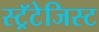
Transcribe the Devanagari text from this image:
स्ट्रॅटेजिस्ट